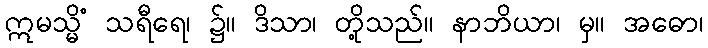
ဣမသ္မိံ သရီရေ၊ ၌။ ဒိသာ၊ တို့သည်။ နာဘိယာ၊ မှ။ အဓော၊